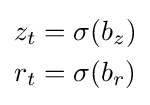
{\begin{aligned}z_{t}&=\sigma (b_{z})\\r_{t}&=\sigma (b_{r})\\\end{aligned}}